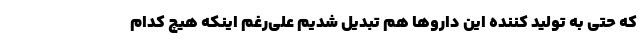
که حتی به تولید کننده این داروها هم تبدیل شدیم علی‌رغم اینکه هیچ کدام